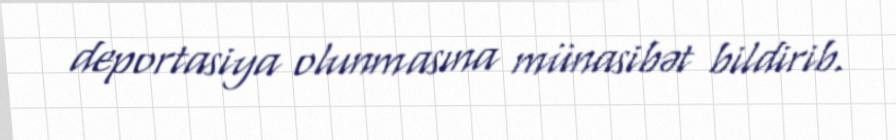
deportasiya olunmasına münasibət bildirib.